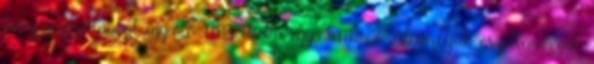
hány négyzetlábbal egyenlő Másodfokú egyenletek. 2. Ábrázoljuk és jellemezzük